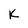
Character: K